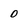
Character: 0